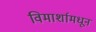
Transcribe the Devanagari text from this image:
विमार्शामधून